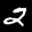
Label: 2